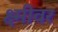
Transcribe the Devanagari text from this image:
क्ष्मीवर